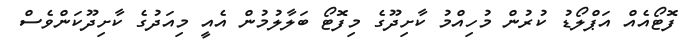
ފޮޓޯއެއް އަޕްލޯޑު ކުރުން މުހިއްމު ކާށިދޫގެ މިފޮޓޯ ބަލާލުމުން އެއީ މިއަދުގެ ކާށިދޫކަންވެސް